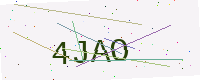
Text: 4JAO